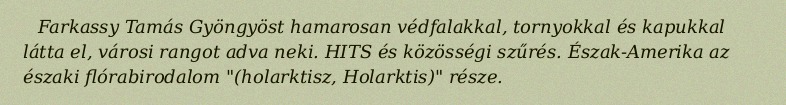
Farkassy Tamás Gyöngyöst hamarosan védfalakkal, tornyokkal és kapukkal látta el, városi rangot adva neki. HITS és közösségi szűrés. Észak-Amerika az északi flórabirodalom "(holarktisz, Holarktis)" része.